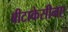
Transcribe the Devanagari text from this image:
बीटाकेसीनए